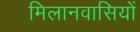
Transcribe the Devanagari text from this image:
मिलानवासियों